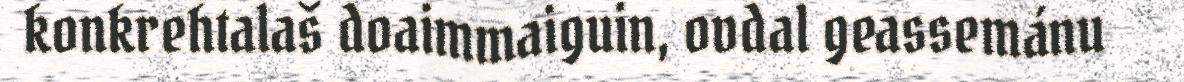
konkrehtalaš doaimmaiguin, ovdal geassemánu